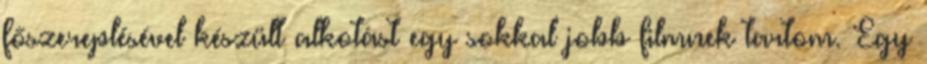
főszereplésével készült alkotást egy sokkal jobb filmnek tartom. Egy